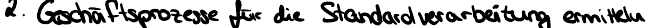
2. Geschäftsprozesse für die Standardverarbeitung ermitteln